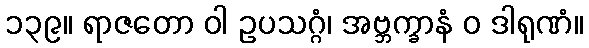
၁၃၉။ ရာဇတော ဝါ ဥပသဂ္ဂံ၊ အဗ္ဘက္ခာနံ ဝ ဒါရုဏံ။